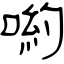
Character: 喲